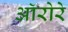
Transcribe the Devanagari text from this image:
ऑरोरे